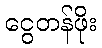
ငွေတန်ဖိုး